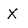
Character: X